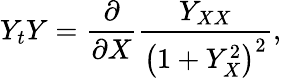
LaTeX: Y_{t}Y=\frac{\partial}{\partial X}\frac{Y_{XX}}{\left(1+Y_{X}^{2}\right)^{2}},